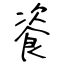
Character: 餈